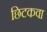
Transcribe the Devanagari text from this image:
छिटकवा